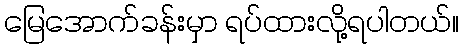
မြေအောက်ခန်းမှာ ရပ်ထားလို့ရပါတယ်။